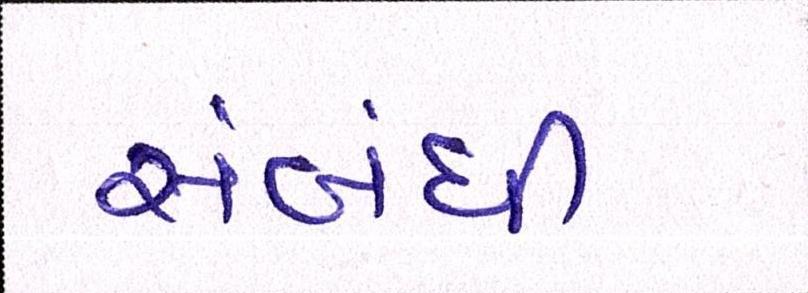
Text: સબંધી